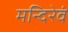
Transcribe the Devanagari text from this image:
मन्दिरेवं